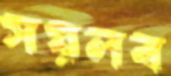
সয়লব